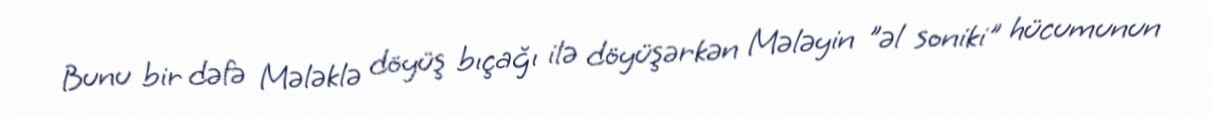
Bunu bir dəfə Mələklə döyüş bıçağı ilə döyüşərkən Mələyin "əl soniki" hücumunun